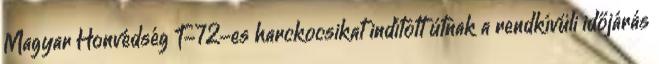
Magyar Honvédség T-72-es harckocsikat indított útnak a rendkívüli időjárás